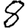
Digit: 8